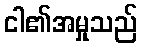
ငါ၏အမှုသည်